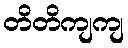
တိတိကျကျ